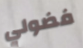
فضولي